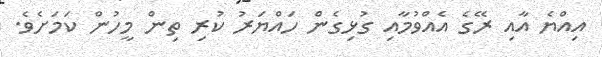
އިއްޔެ އާއި ރޭގެ އެއްވުމާއި ގުޅިގެން ހައްޔަރު ކުރި ތިން މީހުން ކަމަށެވެ.